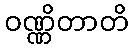
ဝဏ္ဏိတာတိ